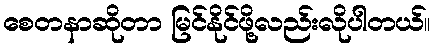
စေတနာဆိုတာ မြင်နိုင်ဖို့လည်းလိုပါတယ်။